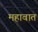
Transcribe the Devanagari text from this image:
महावात